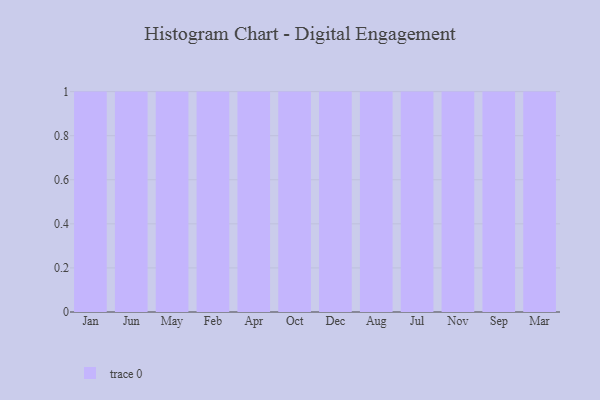
{"axis": {"x": "Month", "y": "Website Visitors"}, "legend": [""], "data": [{"x": "Jan", "y": 41, "type": ""}, {"x": "Jun", "y": 53, "type": ""}, {"x": "May", "y": 26, "type": ""}, {"x": "Feb", "y": 78, "type": ""}, {"x": "Apr", "y": 48, "type": ""}, {"x": "Oct", "y": 50, "type": ""}, {"x": "Dec", "y": 30, "type": ""}, {"x": "Aug", "y": 16, "type": ""}, {"x": "Jul", "y": 91, "type": ""}, {"x": "Nov", "y": 1, "type": ""}, {"x": "Sep", "y": 75, "type": ""}, {"x": "Mar", "y": 74, "type": ""}]}